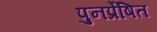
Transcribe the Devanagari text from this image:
पुनर्प्रेषित